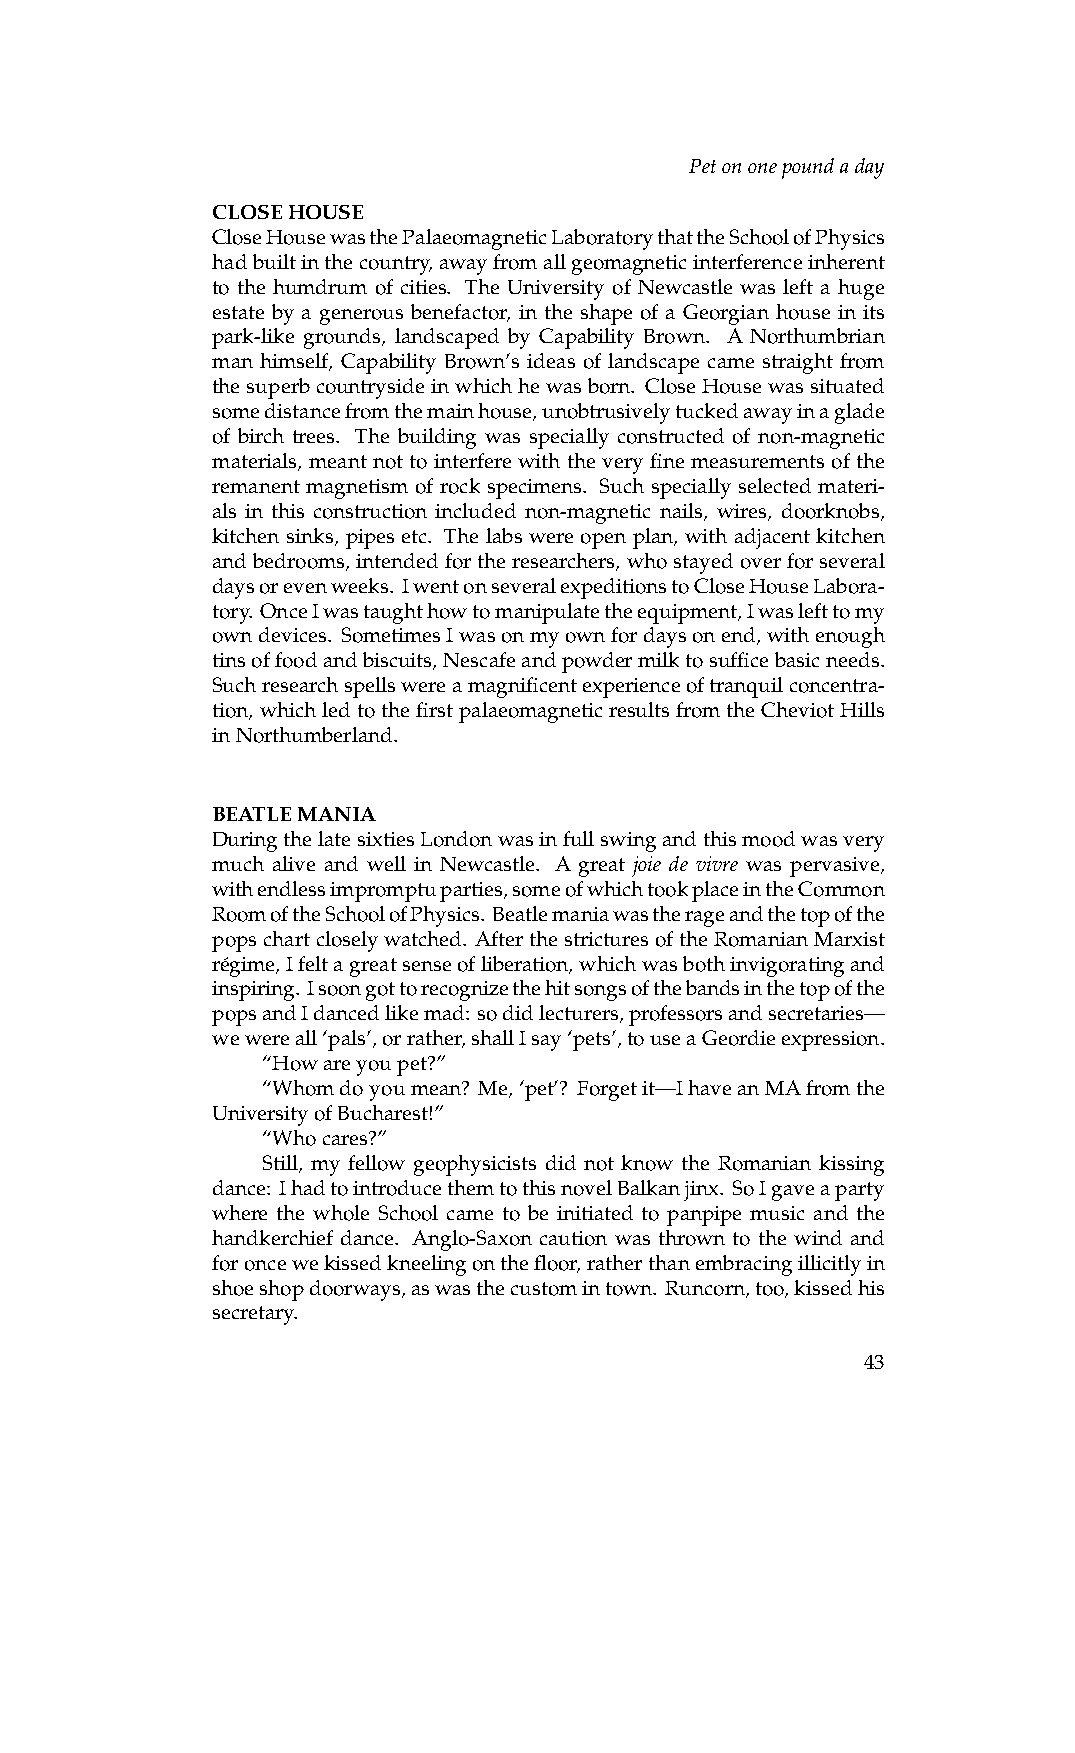
Petononepoundaday
 CLOSEHOUSE
 CloseHousewasthePalaeomagneticLaboratorythattheSchoolofPhysics
 hadbuiltinthecountry,awayfromallgeomagneticinterferenceinherent
 to the humdrum of cities. The University of Newcastle was left a huge
 estate by a generous benefactor, in the shape of a Georgian house in its
 park-like grounds, landscaped by Capability Brown. A Northumbrian
 man himself, Capability Brown’s ideas of landscape came straight from
 thesuperbcountrysideinwhichhewasborn. CloseHousewassituated
 somedistancefromthemainhouse,unobtrusivelytuckedawayinaglade
 of birch trees. The building was specially constructed of non-magnetic
 materials, meant not to interfere with the very fine measurements of the
 remanent magnetism of rock specimens. Such specially selected materi-
 als in this construction included non-magnetic nails, wires, doorknobs,
 kitchen sinks, pipes etc. The labs were open plan, with adjacent kitchen
 andbedrooms, intendedfortheresearchers, whostayedoverforseveral
 daysorevenweeks. IwentonseveralexpeditionstoCloseHouseLabora-
 tory. OnceIwastaughthowtomanipulatetheequipment,Iwaslefttomy
 owndevices. SometimesIwasonmyownfordaysonend,withenough
 tinsoffoodandbiscuits,Nescafeandpowdermilktosufficebasicneeds.
 Suchresearchspellswereamagnificentexperienceoftranquilconcentra-
 tion, whichledtothefirstpalaeomagneticresultsfromtheCheviotHills
 inNorthumberland.
 BEATLEMANIA
 DuringthelatesixtiesLondonwasinfullswingandthismoodwasvery
 much alive and well in Newcastle. A great joie de vivre was pervasive,
 withendlessimpromptuparties,someofwhichtookplaceintheCommon
 RoomoftheSchoolofPhysics. Beatlemaniawastherageandthetopofthe
 popschartcloselywatched. AfterthestricturesoftheRomanianMarxist
 re´gime,Ifeltagreatsenseofliberation,whichwasbothinvigoratingand
 inspiring. Isoongottorecognizethehitsongsofthebandsinthetopofthe
 popsandIdancedlikemad: sodidlecturers,professorsandsecretaries—
 wewereall‘pals’,orrather,shallIsay‘pets’,touseaGeordieexpression.
 “Howareyoupet?”
 “Whomdoyoumean? Me,‘pet’? Forgetit—IhaveanMAfromthe
 UniversityofBucharest!”
 “Whocares?”
 Still, my fellow geophysicists did not know the Romanian kissing
 dance: IhadtointroducethemtothisnovelBalkanjinx. SoIgaveaparty
 where the whole School came to be initiated to panpipe music and the
 handkerchief dance. Anglo-Saxon caution was thrown to the wind and
 foroncewekissedkneelingonthefloor,ratherthanembracingillicitlyin
 shoeshopdoorways,aswasthecustomintown. Runcorn,too,kissedhis
 secretary.
 43